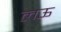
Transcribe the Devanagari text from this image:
लऊ